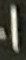
1